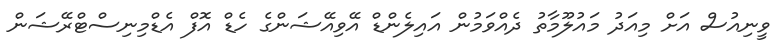
ވީނިއުސް އަށް މިއަދު މައުލޫމާތު ދެއްވަމުން އައިލެންޑް އޭވިއޭޝަންގެ ހެޑް އޮފް އެޑްމިނިސްޓްރޭޝަން